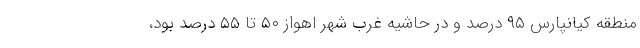
منطقه کیانپارس ۹۵ درصد و در حاشیه غرب شهر اهواز ۵۰ تا ۵۵ درصد بود،